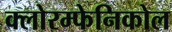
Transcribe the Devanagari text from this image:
क्लोरम्फेनिकोल